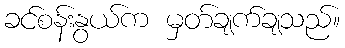
ခင်စန်းနွယ်က မှတ်ချက်ချသည်။